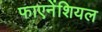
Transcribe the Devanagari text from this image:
फाएनेंशियल